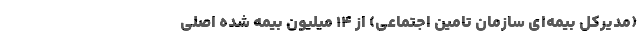
(مدیرکل بیمه‌ای سازمان تامین اجتماعی) از ۱۴ میلیون بیمه شده اصلی